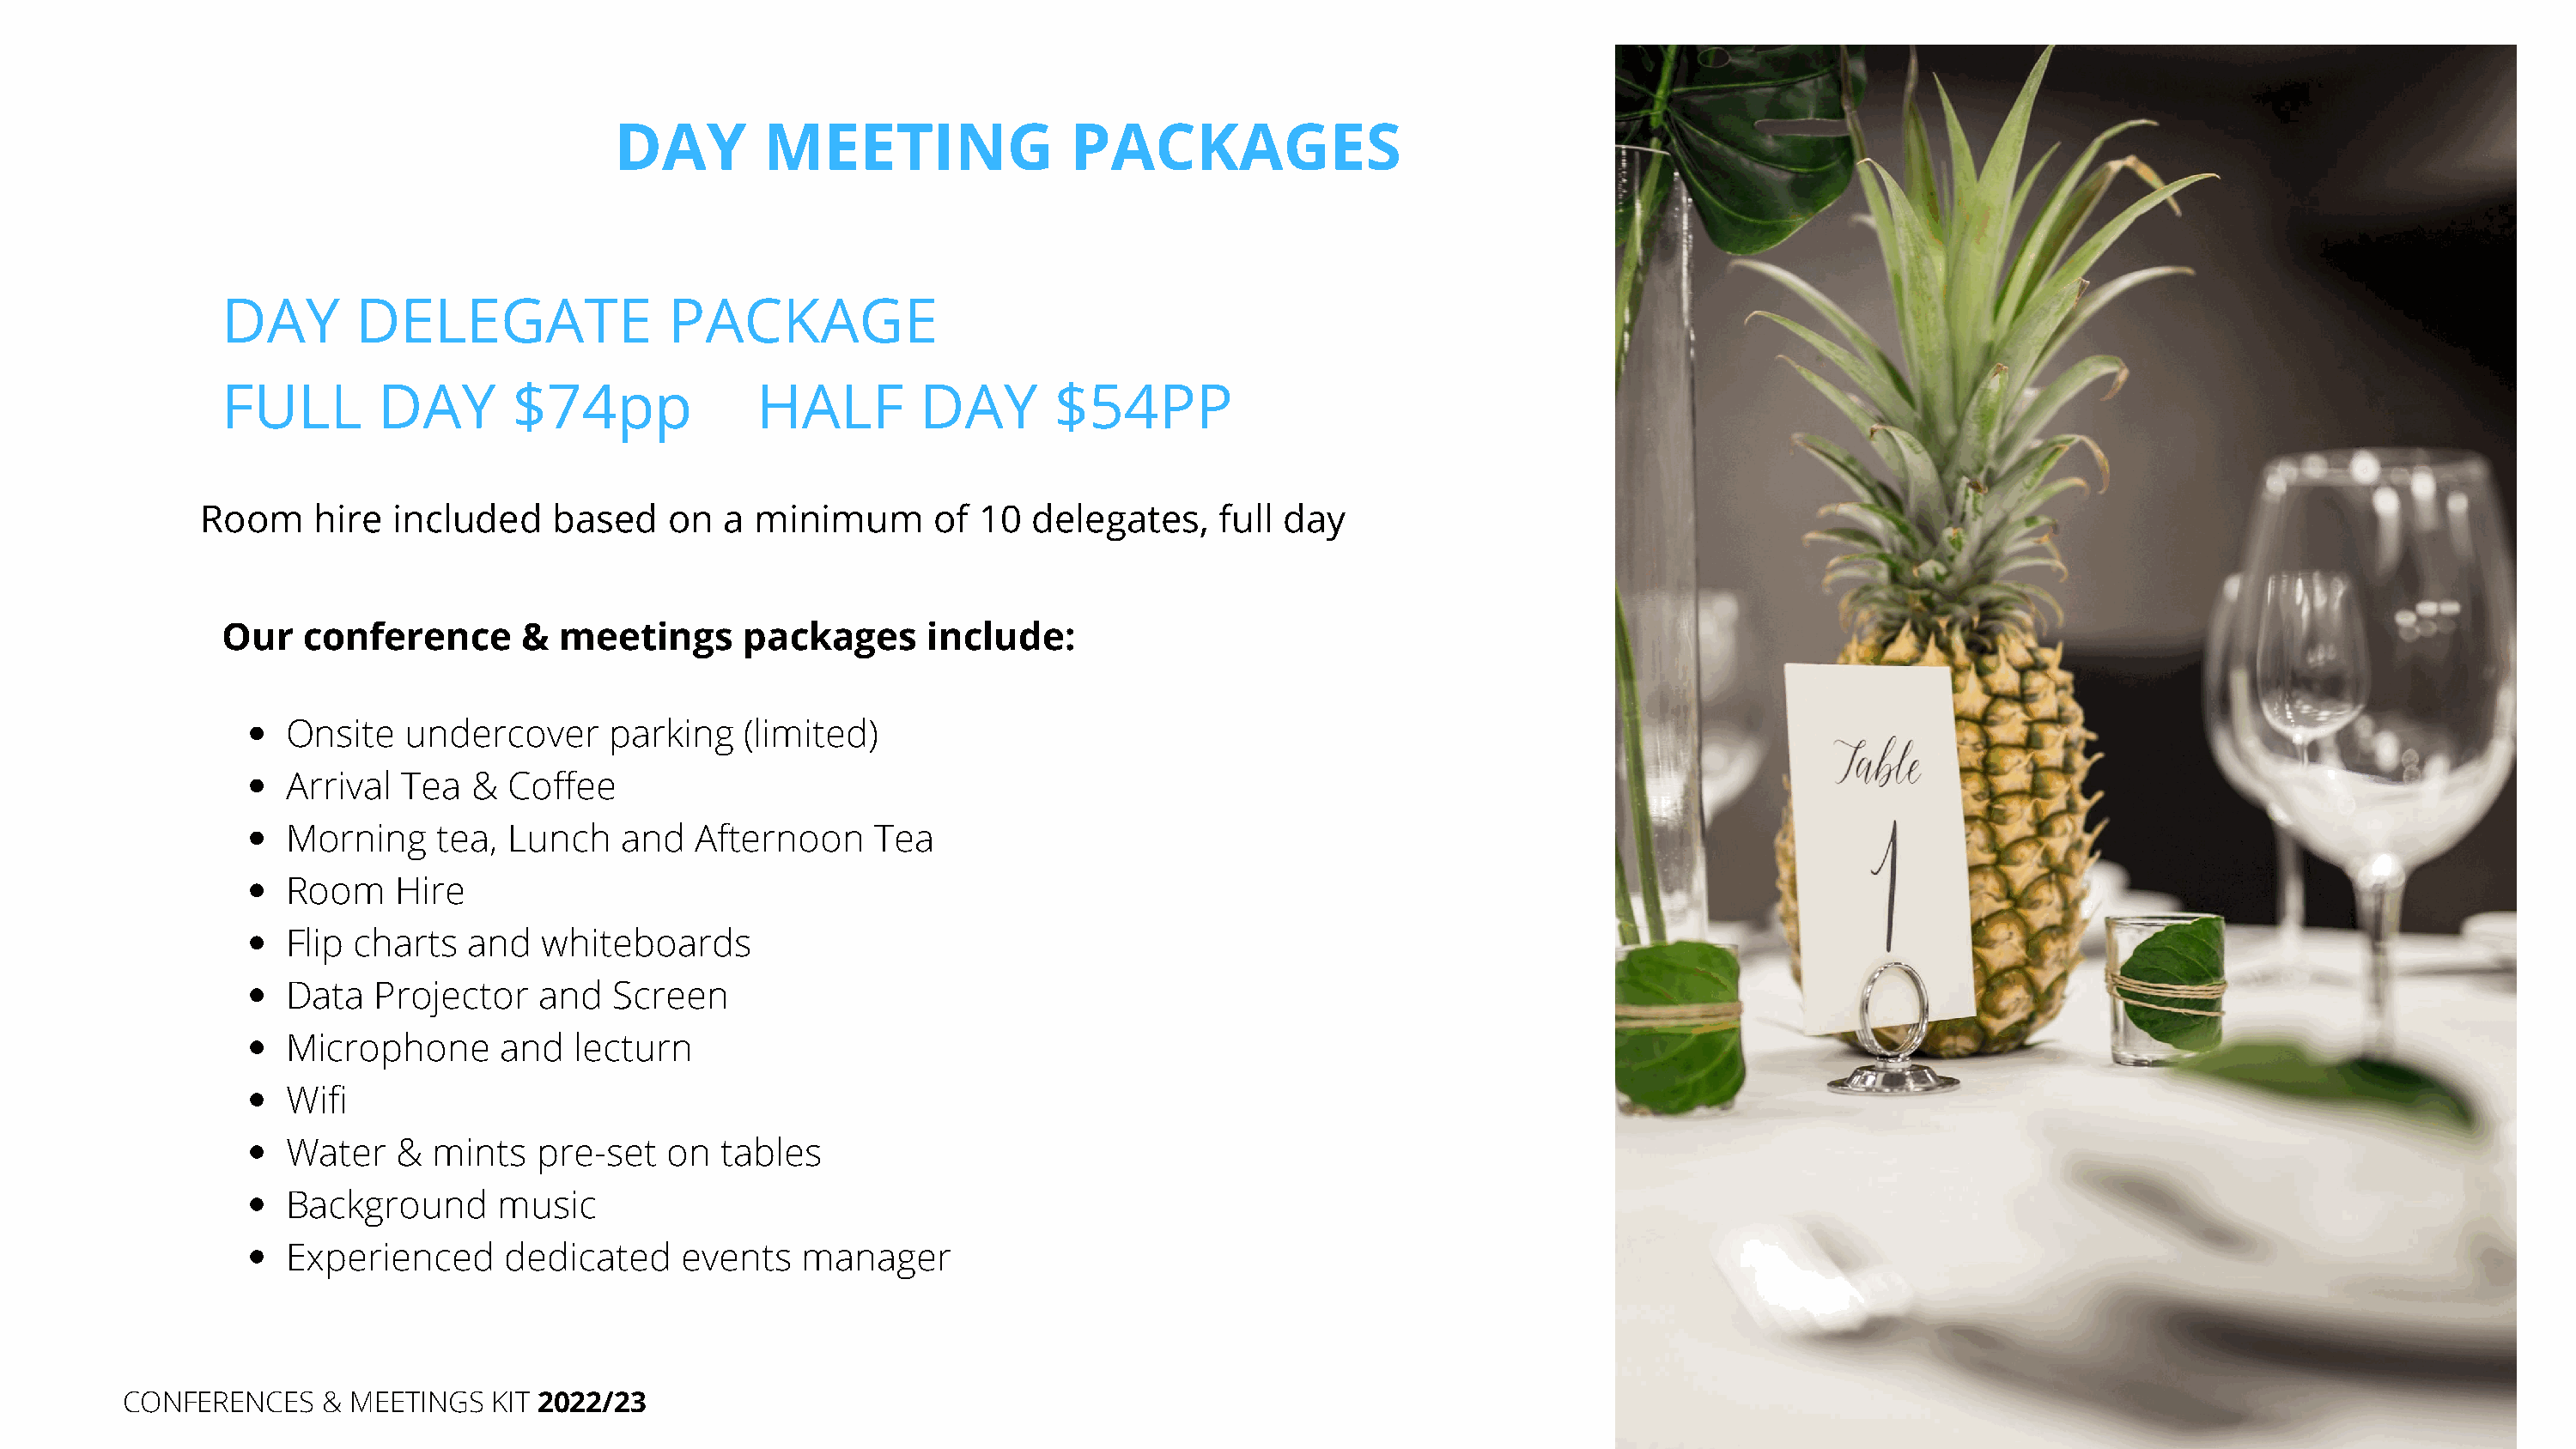
DAY         MEETING                 PACKAGES
 DAY       DELEGATE                 PACKAGE
 FULL        DAY       $74pp              HALF         DAY       $54PP
 Room     hire  included     based   on   a minimum       of 10   delegates,    full day
 Our   conference       &  meetings      packages       include:
 Onsite   undercover      parking   (limited)
 Arrival  Tea  &  Coffee
 Morning     tea, Lunch    and   Afternoon    Tea
 Room    Hire
 Flip charts   and   whiteboards
 Data   Projector    and  Screen
 Microphone       and  lecturn
 Wifi
 Water    & mints   pre-set   on   tables
 Background      music
 Experienced      dedicated     events   manager
 CONFERENCES     & MEETINGS   KIT 2022/23